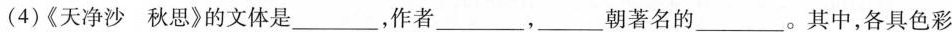
(4)《天净沙 秋思》的文体是___，作者___，___朝著名的___。其中，各具色彩